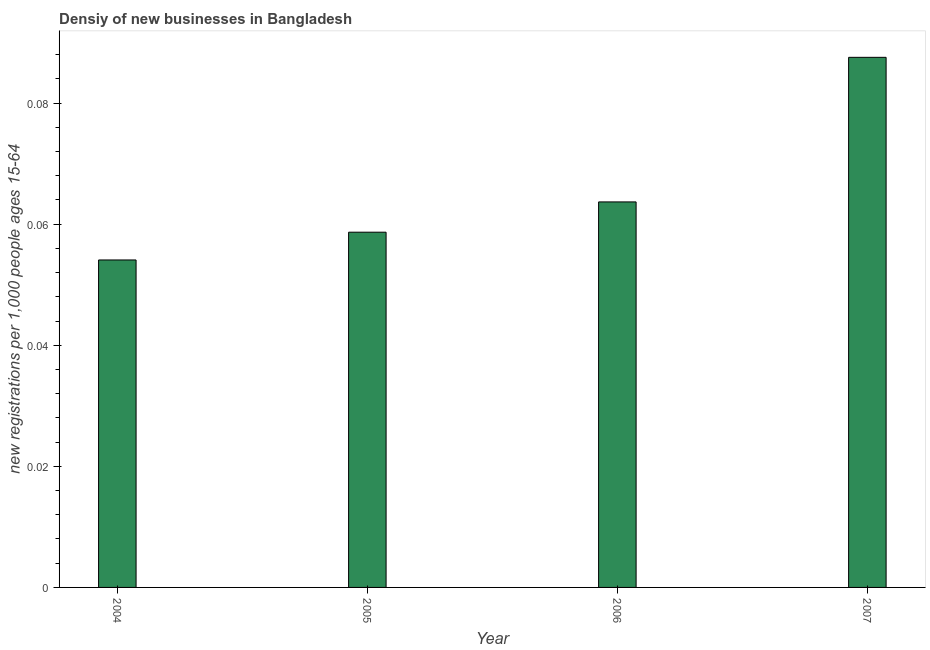
| Year | New business density |
 | --- | --- |
 | 2004 | 0.0541 |
 | 2005 | 0.0587 |
 | 2006 | 0.0637 |
 | 2007 | 0.0876 |